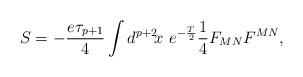
LaTeX: \begin{align*}S=-\frac{e\tau_{p+1}}{4}\int d^{p+2}\!x\ e^{-\frac{T}{2}}\frac{1}{4}F_{MN}F^{MN}, \end{align*}